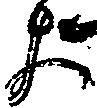
よ